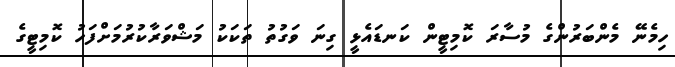
ހިމެނޭ މެންބަރުންގެ މުސާރަ ކޮމިޓީން ކަނޑައެޅީ ގިނަ ވަގުތު ތަކަކު މަޝްވަރާކުރުމަށްފަހު ކޮމިޓީގެ